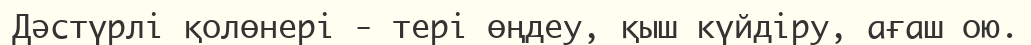
Дәстүрлі қолөнері - тері өңдеу, қыш күйдіру, ағаш ою.